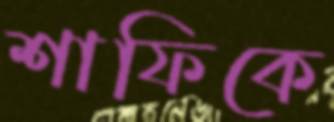
শাফিকে